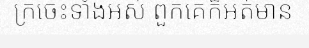
ក្រចេះទាំងអស់ ពួកគេក៏អត់មាន